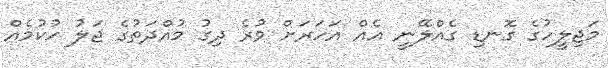
މަޖިލީހުގެ ގޮނޑި ގެއްލޭނީ އެއް އަހަރަށް ވުރެ ދިގު މުއްދަތުގެ ޖަލު ހުކުމެއް